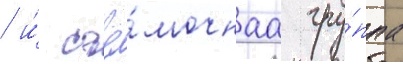
/ и́ съё́мочнаа гру́ппа